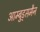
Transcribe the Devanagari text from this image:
आम्बुड्समैन